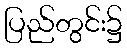
ပြည်တွင်း၌